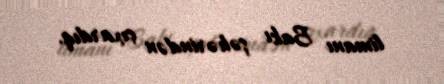
limanı Bakı şəhərindən çıxardıq.